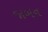
જાબન